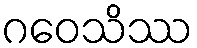
ဂဝေသိဿ